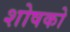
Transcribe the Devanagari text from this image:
शोषको